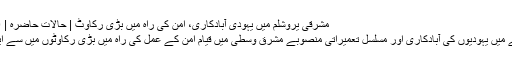
مشرقی یروشلم میں یہودی آبادکاری، امن کی راہ میں بڑی رکاوٹ | حالات حاضرہ | DW | 23.03.2010
مغربی اردن کے علاقے میں یہودیوں کی آبادکاری اور مسلسل تعمیراتی منصوبے مشرق وسطیٰ میں قیام امن کے عمل کی راہ میں بڑی رکاوٹوں میں سے ایک سمجھے جاتے ہیں۔